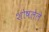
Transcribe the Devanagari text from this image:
शोषलेले